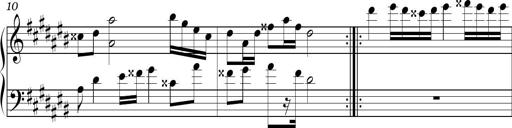
Title: Ten Piano Sonatinas
Composer: Andreas Sain